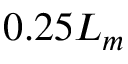
0 . 2 5 L _ { m }